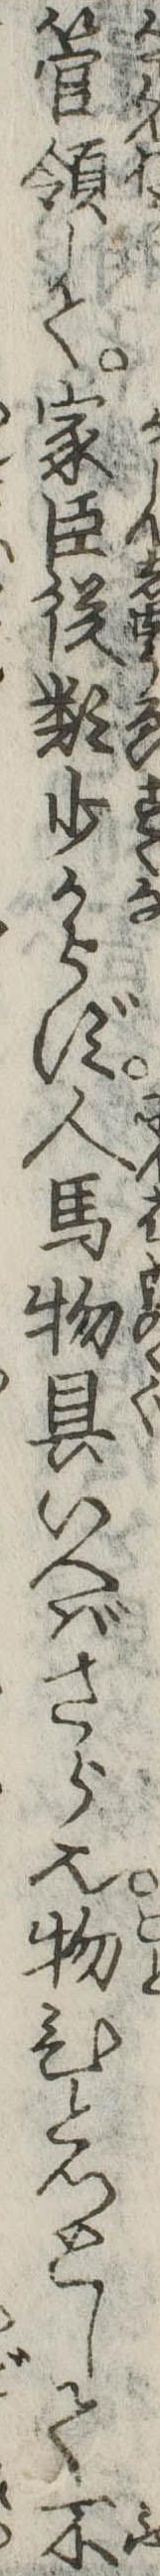
管領して家臣従類少からず人馬物具いへばさら也物ひとつとして不